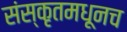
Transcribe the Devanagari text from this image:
संस्कृतमधूनच